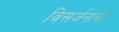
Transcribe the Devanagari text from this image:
विसर्जनाची